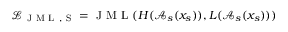
\mathcal { L } _ { \mathrm { ~ J ~ M ~ L ~ , ~ S ~ } } = \mathrm { ~ J ~ M ~ L ~ } ( H ( \mathcal { A } _ { s } ( x _ { s } ) ) , L ( \mathcal { A } _ { s } ( x _ { s } ) ) )